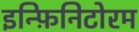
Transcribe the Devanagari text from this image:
इन्फ़िनिटोरम